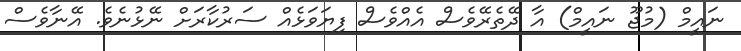
ނައީމް (މުޖޫ ނައީމް) އާ ދޭތެރޭވެސް އެއްވެސް ފިޔަވަޅެއް ސަރުކާރަށް ނޭޅުނެވެ. އޭނާވެސް